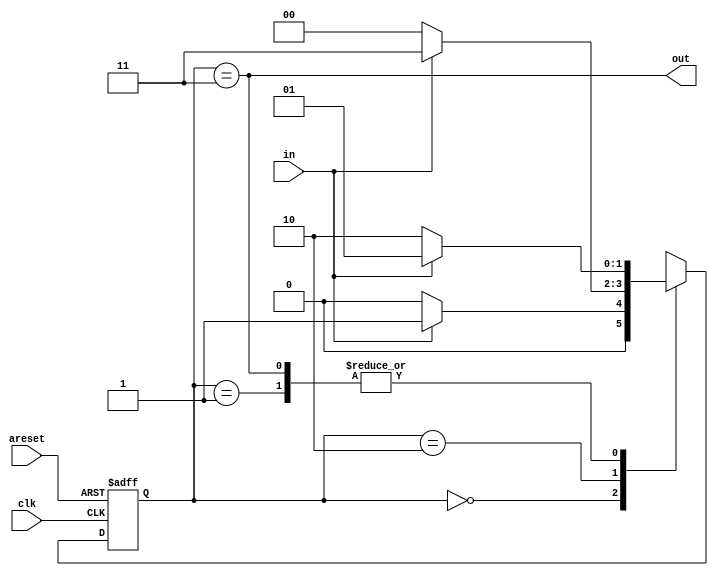
module top_module(
    input clk,
    input in,
    input areset,
    output out); //

    parameter A=0, B=1, C=2, D=3;

    wire [1:0] next_state;
    reg [1:0] state;

    // State transition logic
    always @(*) begin
        case (state)
            A: next_state = in ? B : A;
            B: next_state = in ? B : C;
            C: next_state = in ? D : A;
            D: next_state = in ? B : C;
        endcase
    end

    // State flip-flops with asynchronous reset
    always @(posedge clk, posedge areset) begin
        if(areset) state <= A;
        else state <= next_state;
    end

    // Output logic
    assign out = (state == D);

endmodule